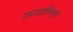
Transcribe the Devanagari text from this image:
उपजातियता